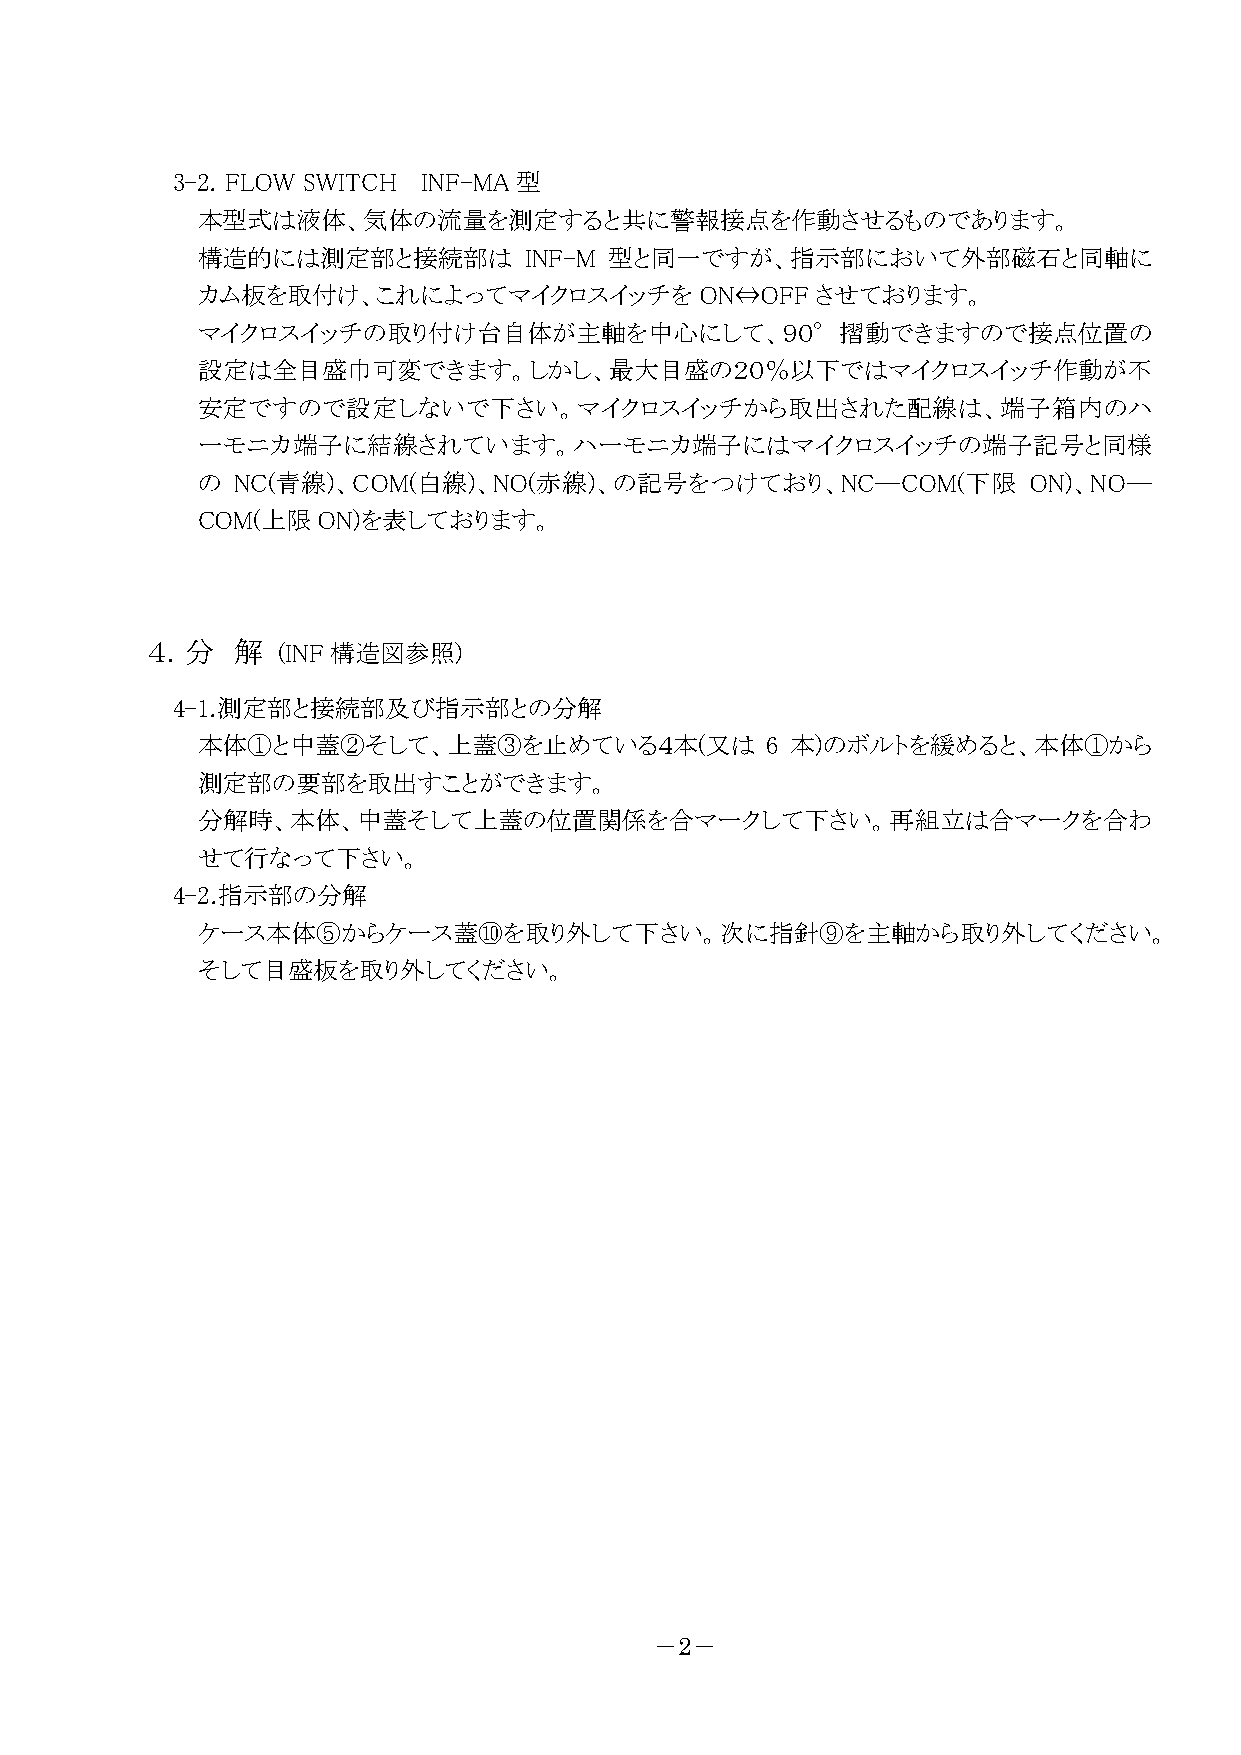
3-2. FLOW SWITCH INF-MA 型
 本型式は液体、気体の流量を測定すると共に警報接点を作動させるものであります。
 構造的には測定部と接続部は         INF-M 型と同一ですが、指示部において外部磁石と同軸に
 カム板を取付け、これによってマイクロスイッチをON⇔OFF            させております。
 マイクロスイッチの取り付け台自体が主軸を中心にして、９０°摺動できますので接点位置の
 設定は全目盛巾可変できます。しかし、最大目盛の２０％以下ではマイクロスイッチ作動が不
 安定ですので設定しないで下さい。マイクロスイッチから取出された配線は、端子箱内のハ
 ーモニカ端子に結線されています。ハーモニカ端子にはマイクロスイッチの端子記号と同様
 の  NC(青線)、COM(白線)、NO(赤線)、の記号をつけており、NC―COM(下限           ON)、NO―
 COM(上限ON)を表しております。
 ４．分  解  (INF 構造図参照)
 4-1.測定部と接続部及び指示部との分解
 本体①と中蓋②そして、上蓋③を止めている４本(又は             6 本)のボルトを緩めると、本体①から
 測定部の要部を取出すことができます。
 分解時、本体、中蓋そして上蓋の位置関係を合マークして下さい。再組立は合マークを合わ
 せて行なって下さい。
 4-2.指示部の分解
 ケース本体⑤からケース蓋⑩を取り外して下さい。次に指針⑨を主軸から取り外してください。
 そして目盛板を取り外してください。
 －2－